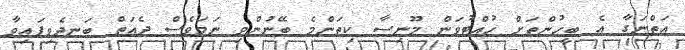
އަތްނަގާ އެ ބީހުންތަށް ހުއްޓުވަން މޫނިސާ ކިތަންމެ ބޭނުންވި ނަމަވެސް ދެއަތް ބަނދެވިފައިވާ